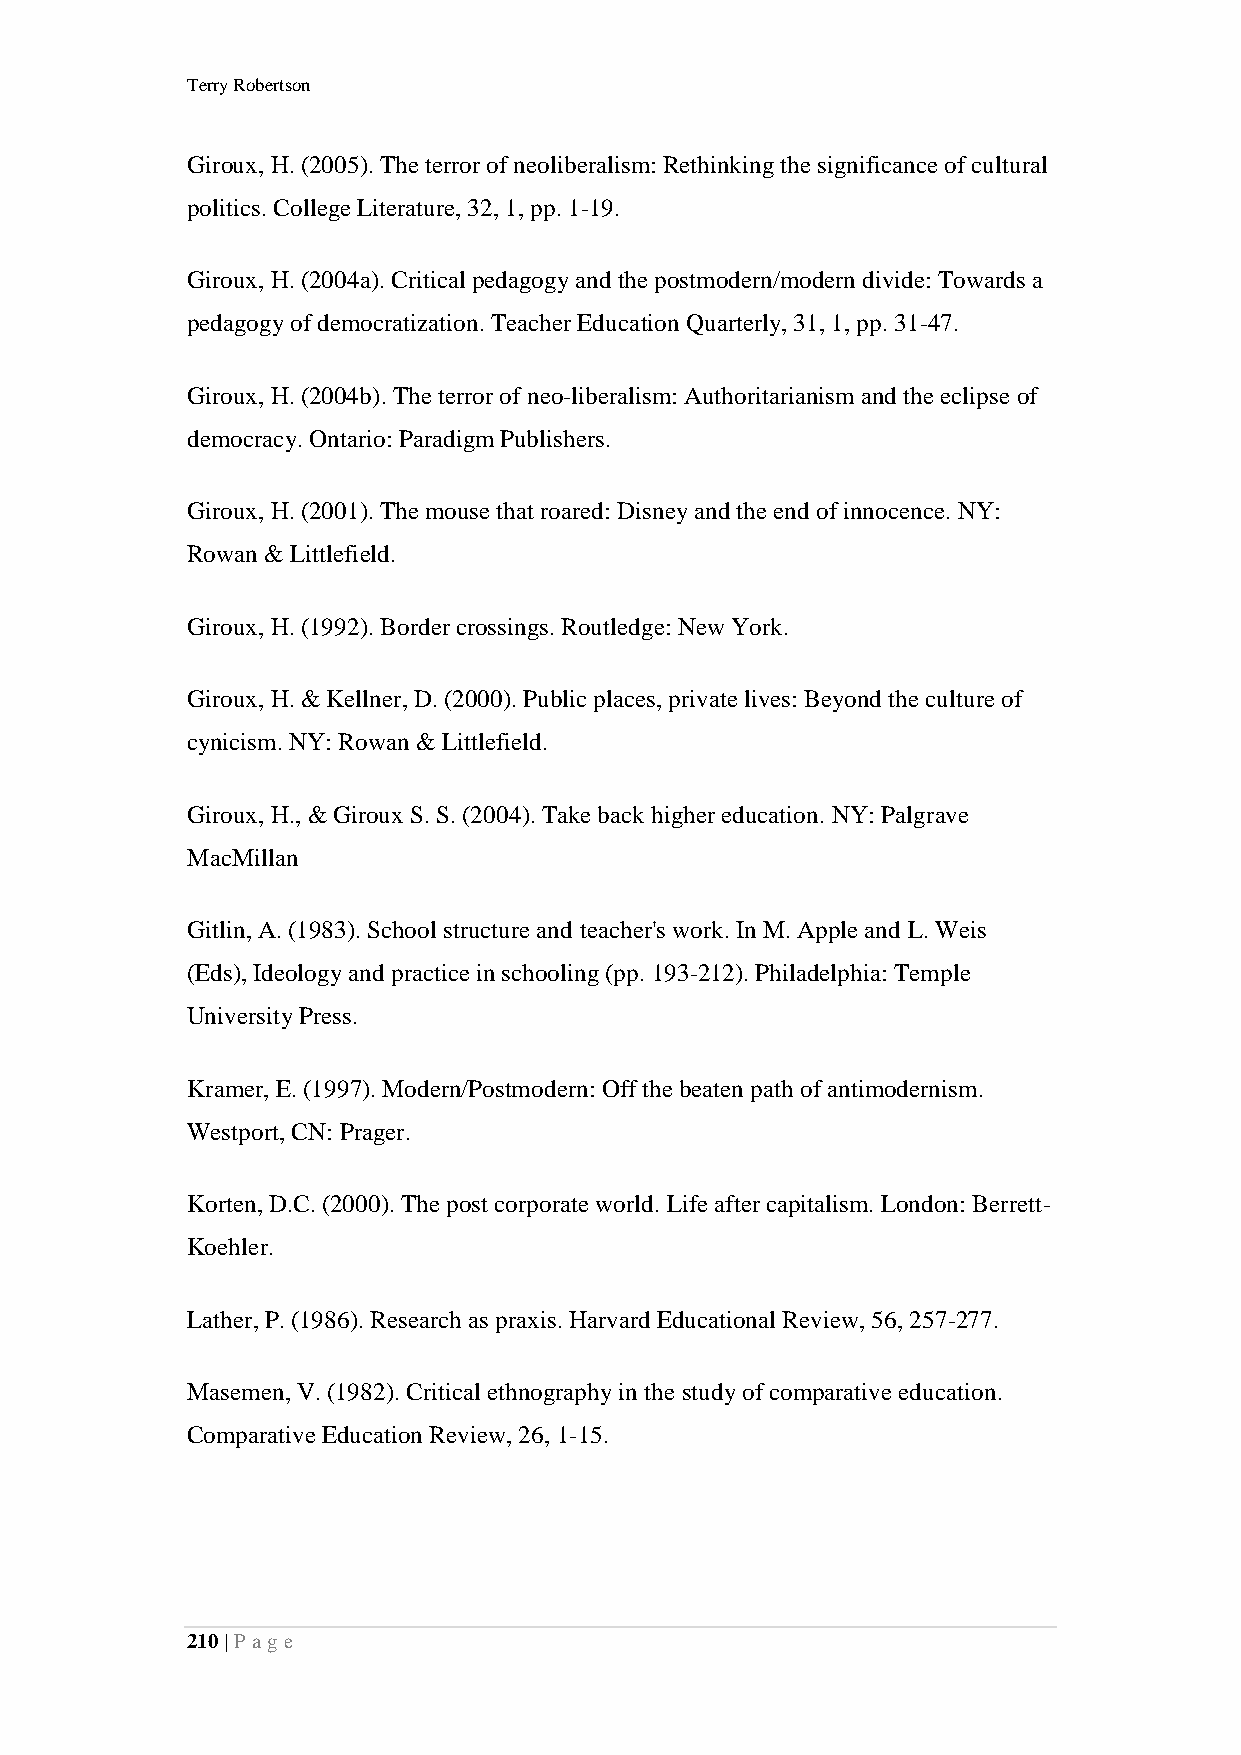
Terry Robertson
 Giroux, H. (2005). The terror of neoliberalism: Rethinking the significance of cultural
 politics. College Literature, 32, 1, pp. 1-19.
 Giroux, H. (2004a). Critical pedagogy and the postmodern/modern divide: Towards a
 pedagogy of democratization. Teacher Education Quarterly, 31, 1, pp. 31-47.
 Giroux, H. (2004b). The terror of neo-liberalism: Authoritarianism and the eclipse of
 democracy. Ontario: Paradigm Publishers.
 Giroux, H. (2001). The mouse that roared: Disney and the end of innocence. NY:
 Rowan & Littlefield.
 Giroux, H. (1992). Border crossings. Routledge: New York.
 Giroux, H. & Kellner, D. (2000). Public places, private lives: Beyond the culture of
 cynicism. NY: Rowan & Littlefield.
 Giroux, H., & Giroux S. S. (2004). Take back higher education. NY: Palgrave
 MacMillan
 Gitlin, A. (1983). School structure and teacher's work. In M. Apple and L. Weis
 (Eds), Ideology and practice in schooling (pp. 193-212). Philadelphia: Temple
 University Press.
 Kramer, E. (1997). Modern/Postmodern: Off the beaten path of antimodernism.
 Westport, CN: Prager.
 Korten, D.C. (2000). The post corporate world. Life after capitalism. London: Berrett-
 Koehler.
 Lather, P. (1986). Research as praxis. Harvard Educational Review, 56, 257-277.
 Masemen, V. (1982). Critical ethnography in the study of comparative education.
 Comparative Education Review, 26, 1-15.
 210 | P a ge